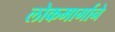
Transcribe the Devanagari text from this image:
लोकमार्गाने